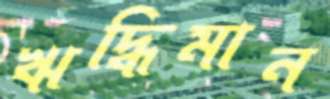
ঋদ্ধিমান